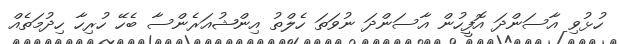
ހުޅުވި އާސަންދަ އޮފީހުން އާސަންދަ ނުވަތަ ހެލްތު އިންޝުއަރެންސާ ބެހޭ ހުރިހާ ހިދުމަތެއް